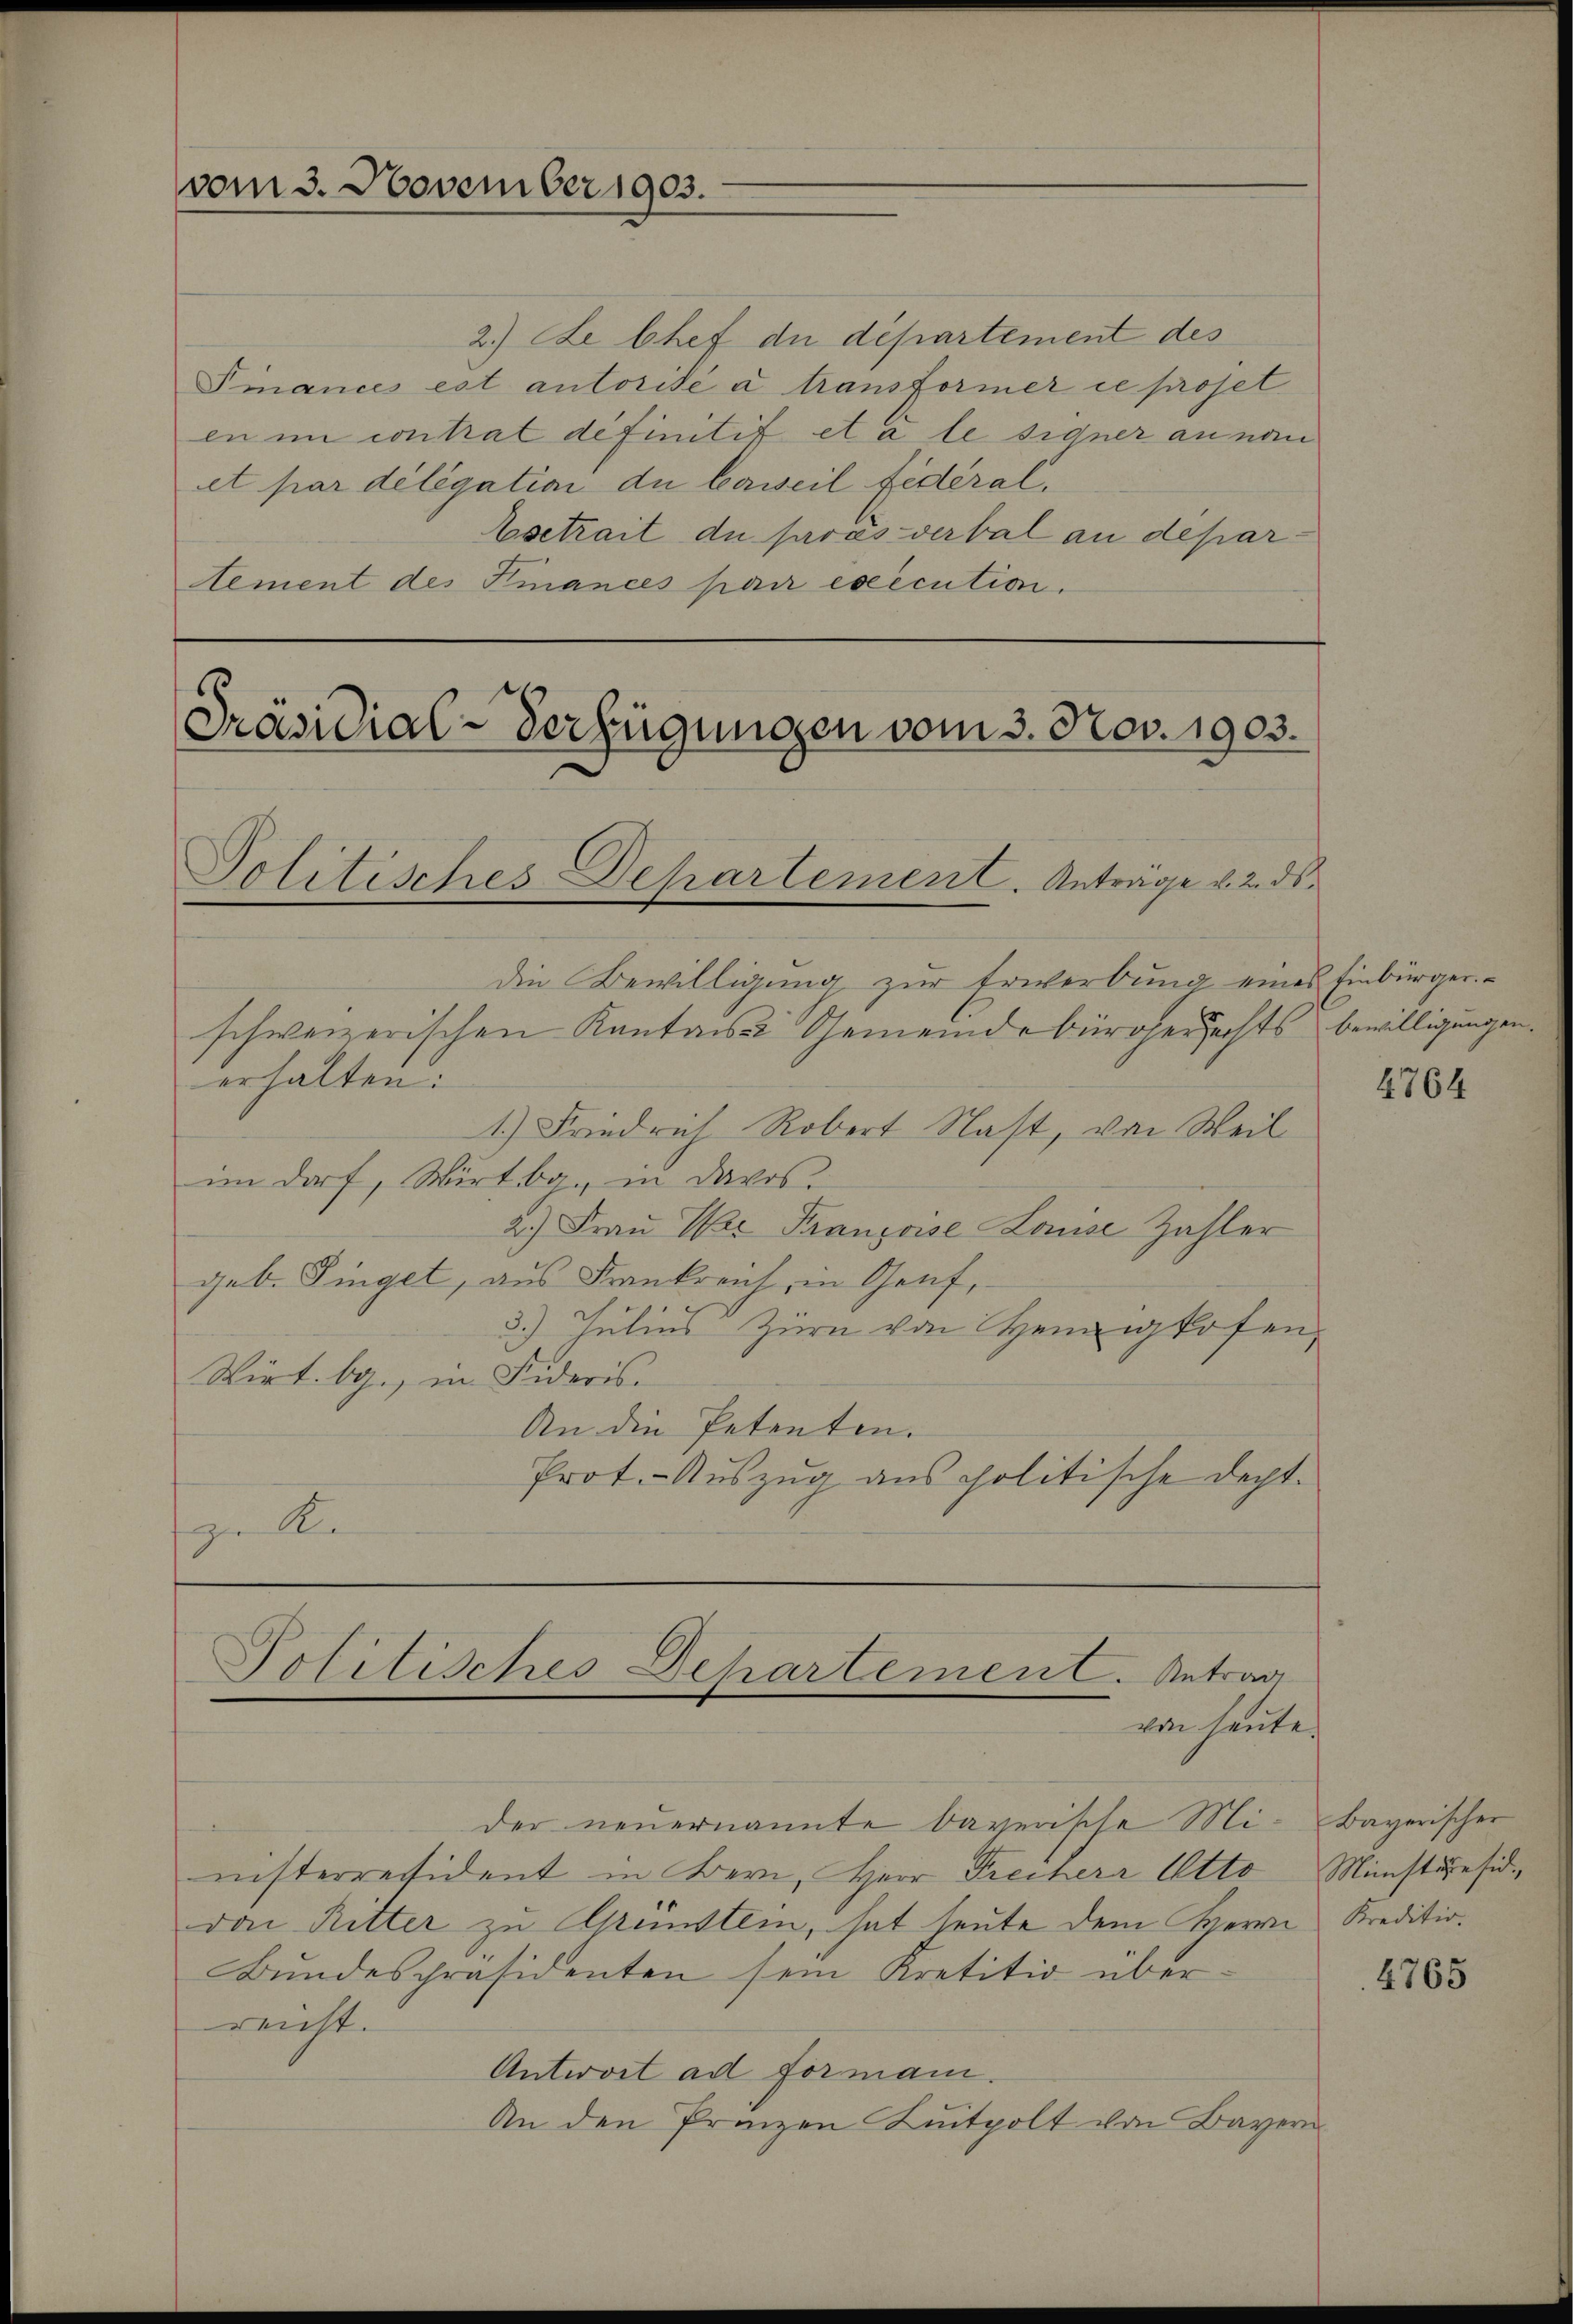
vom 3. November 1903.

Präsidial-Verfügungen vom 3. Nov. 1903.
Politisches Departement. Anträge v. 2. ds.

2.) Le Chef du département des
Finance est autorisé à transformer ie projet
in im contrat definitit et à le signer an nam
et par délégation du beweil fédéral,
Esetrait de pres verbal an depar
Aement des Finances par execution.

die Bewilligung zur Erwerbung eines Einbürgerschweizerischen Kantons Gemeindebürgerrechts bewilligungen.
erhalten:
1.) Friedrich Robert Nast, von Weil
im darf, Wirtbg., in Davos
2.) Frau Wer Franzoise Louise Zahler
geb. Finget, aus Frankreich, in Genf,
3.) Julius Zürn von Heinigkofen,
Wirt. b., in Fideris
An die Petenten.
Prot. Auszug aus politische Dept.
ge S

Politisches Departemen C. Antrag
von heute.

der neuernannte daverische Mi- Bayerischer
nisterressident in Bern, Herr Freiherr Otto Minstiesidas Ritter zu Grünstein, hat heute dem Herrn Kreditio¬
Bŭndespräsidenten sein Kretitio über-
reicht.
Antwort ad Formani.
An den Prinzen Katpolt von Bayern

4764

4765